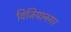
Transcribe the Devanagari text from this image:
विजियानगर